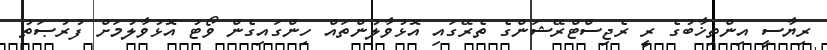
ރިޔާސީ އިންތިޚާބުގެ ރީ ރެޖިސްޓްރޭޝަންގެ ތެރޭގައި އޮޅުވާލުންތައް ހިންގައިގެން ވޯޓު އޮޅުވާލުމަށް ފުރުޞަތު